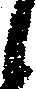
候